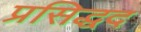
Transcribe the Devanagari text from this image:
प्रसिद्धद